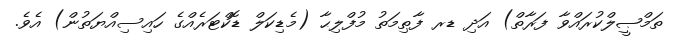
ތަމްޞީލްކުރައްވާ ފަރާތް) އަދި ޑރ ފާޠިމަތު މުފްލިޙާ (މެޑިކަލް ޑޮކްޓަރެއްގެ ހައިސިއްޔަތުން) އެވެ.